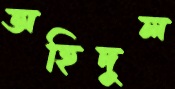
অহিদুল